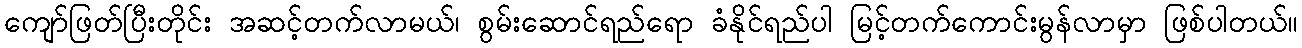
ကျော်ဖြတ်ပြီးတိုင်း အဆင့်တက်လာမယ်၊ စွမ်းဆောင်ရည်ရော ခံနိုင်ရည်ပါ မြင့်တက်ကောင်းမွန်လာမှာ ဖြစ်ပါတယ်။